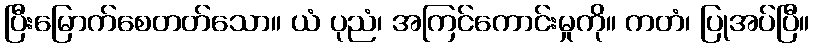
ပြီးမြောက်စေတတ်သော။ ယံ ပုညံ၊ အကြင်ကောင်းမှုကို။ ကတံ၊ ပြုအပ်ပြီ။